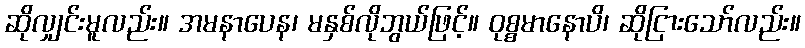
ဆိုလျှင်းမူလည်း။ အမနာပေန၊ မနှစ်လိုဘွယ်ဖြင့်။ ဝုစ္စမာနောပိ၊ ဆိုငြားသော်လည်း။